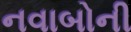
નવાબોની